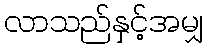
လာသည်နှင့်အမျှ